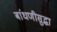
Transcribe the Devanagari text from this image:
बांधणीसुद्धा